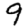
Digit: 9